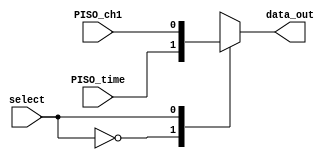
module mux_2to1(input wire PISO_time, PISO_ch1,
                input wire select,
           output reg data_out
          );


  always @(*) begin
  data_out = 0;
    casez (select)  
      0 : data_out = PISO_time; 
      1 : data_out = PISO_ch1; 

     endcase  
   end  
  
endmodule